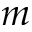
m